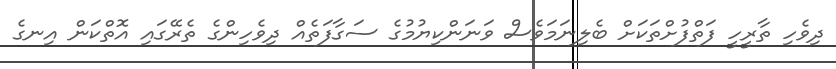
ދިވެހި ތާރީހީ ފަތްފުށްތަކަށް ބެލިނަމަވެސް ވަނަންކިޔުމުގެ ސަގާފަތެއް ދިވެހިންގެ ތެރޭގައި އޮތްކަން އިނގެ